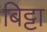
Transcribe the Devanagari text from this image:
बिट्टा